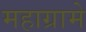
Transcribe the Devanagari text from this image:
महाग्रामे